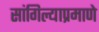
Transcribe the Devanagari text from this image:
सांगिल्याप्रमाणे